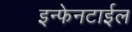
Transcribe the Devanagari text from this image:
इन्फेनटाईल